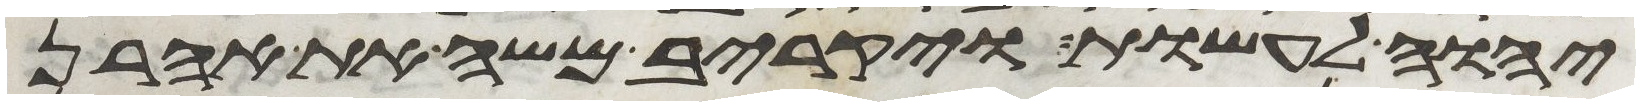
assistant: יהוה לעשות ויקריב משה את אהרן